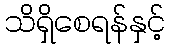
သိရှိစေရန်နှင့်